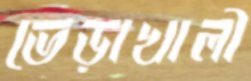
ভেড়াখালী